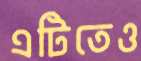
এটিতেও